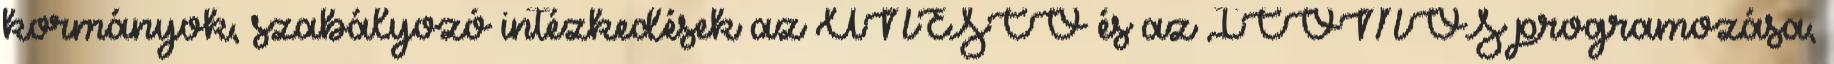
kormányok, szabályozó intézkedések az UNESCO és az ICOMOS programozása,